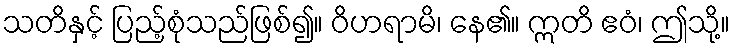
သတိနှင့် ပြည့်စုံသည်ဖြစ်၍။ ဝိဟရာမိ၊ နေ၏။ ဣတိ ဧဝံ၊ ဤသို့။